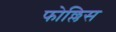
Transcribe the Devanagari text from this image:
फोल्लिस